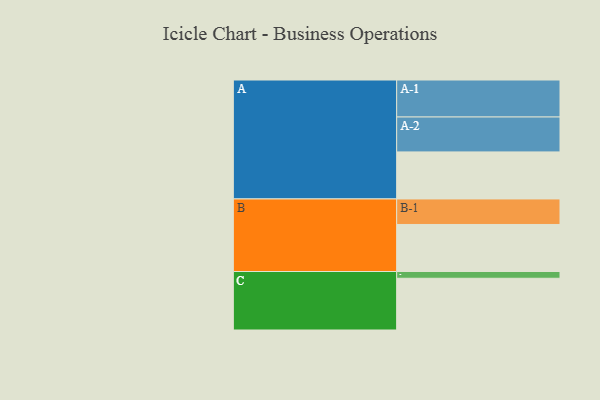
{"axis": {"x": "Segment", "y": "Value"}, "legend": ["", "A", "B", "C"], "data": [{"x": "A", "y": 361, "type": ""}, {"x": "B", "y": 361, "type": ""}, {"x": "C", "y": 397, "type": ""}, {"x": "A-1", "y": 284, "type": "A"}, {"x": "A-2", "y": 268, "type": "A"}, {"x": "B-1", "y": 196, "type": "B"}, {"x": "C-1", "y": 52, "type": "C"}]}